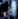
إلى